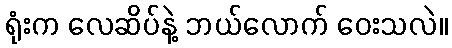
ရုံးက လေဆိပ်နဲ့ ဘယ်လောက် ဝေးသလဲ။